Civil Veterinary Dept. Bombay admin report 1932-41 - 1932-1941
Year: 1932
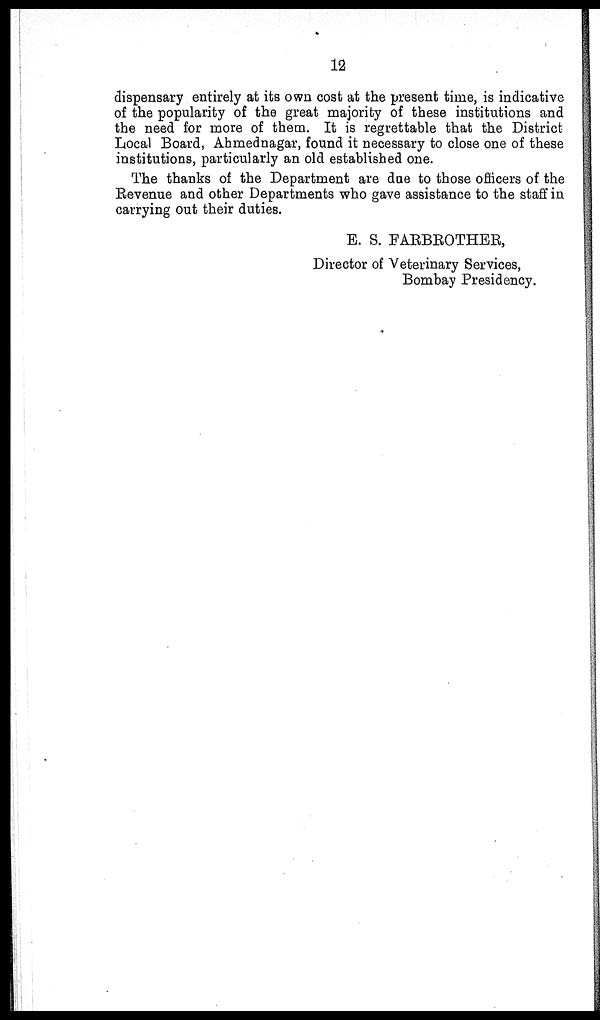
12
dispensary entirely at its own cost at the present time, is indicative
of the popularity of the great majority of these institutions and
the need for more of them. It is regrettable that the District
Local Board, Ahmednagar, found it necessary to close one of these
institutions, particularly an old established one.
The thanks of the Department are due to those officers of the
Revenue and other Departments who gave assistance to the staff in
carrying out their duties.
E. S. FARBROTHER,
Director of Veterinary Services,
Bombay Presidency.